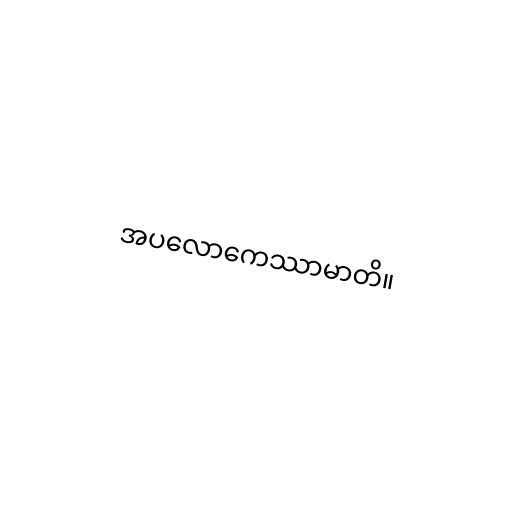
အပလောကေဿာမာတိ။